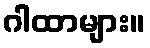
ဂါထာများ။